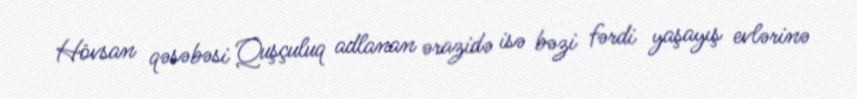
Hövsan qəsəbəsi Quşçuluq adlanan ərazidə isə bəzi fərdi yaşayış evlərinə